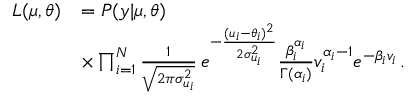
\begin{array} { r l } { L ( \boldsymbol { \mu } , \boldsymbol { \theta } ) } & { = P ( \boldsymbol { y } | \boldsymbol { \mu } , \boldsymbol { \theta } ) } \\ & { \times \prod _ { i = 1 } ^ { N } \frac { 1 } { \sqrt { 2 \pi \sigma _ { u _ { i } } ^ { 2 } } } \, e ^ { - \frac { ( u _ { i } - \theta _ { i } ) ^ { 2 } } { 2 \sigma _ { u _ { i } } ^ { 2 } } } \frac { \beta _ { i } ^ { \alpha _ { i } } } { \Gamma ( \alpha _ { i } ) } v _ { i } ^ { \alpha _ { i } - 1 } e ^ { - \beta _ { i } v _ { i } } \, . } \end{array}